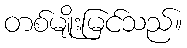
တစ်မျိုးမြင်သည်။